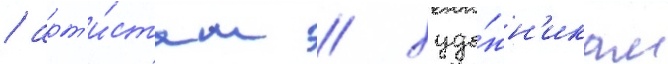
/ арт'и́стам / худо́жн'икам